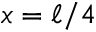
x = \ell / 4